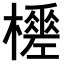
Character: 𣞚